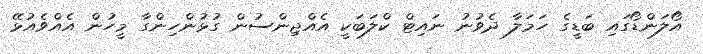
އޯލަންޑޯގައި ބަޑީގެ ހަމަލާ ދެވުނު ނައިޓް ކްލަބަކީ އެއްޖިންސުން ގުޅުންހިންގާ މީހުން އެއްވެއުޅޭ